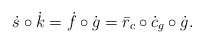
\begin{align*}\dot{s}\circ \dot{k}= \dot{f}\circ \dot{g}= \bar{r}_c \circ \dot{c}_g \circ \dot{g} .\end{align*}